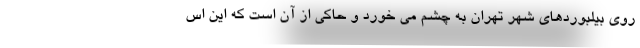
روی بیلبوردهای شهر تهران به چشم می خورد و حاکی از آن است که این اس